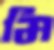
মি